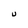
Character: U